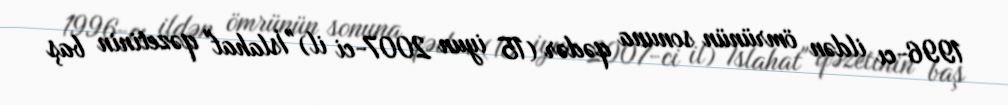
1996-cı ildən ömrünün sonuna qədər (15 iyun 2007-ci il) "İslahat" qəzetinin baş